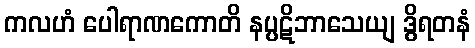
ကလဟံ ပေါရာဏကောတိ နပ္ပဋိဘာသေယျ ဒွိရတနံ